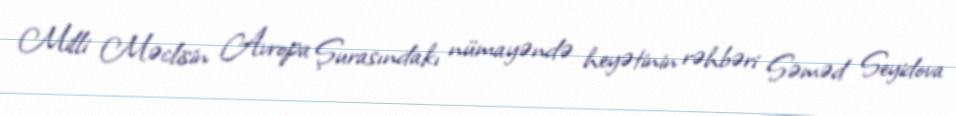
Milli Məclisin Avropa Şurasındakı nümayəndə heyətinin rəhbəri Səməd Seyidova